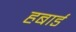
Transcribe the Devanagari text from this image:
हबार्ड